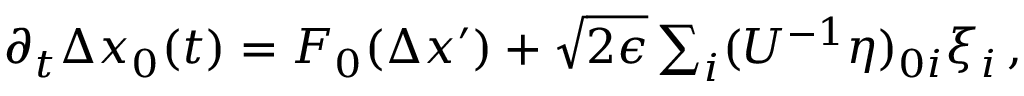
\begin{array} { r } { \partial _ { t } \Delta x _ { 0 } ( t ) = F _ { 0 } ( \Delta x ^ { \prime } ) + \sqrt { 2 \epsilon } \sum _ { i } ( U ^ { - 1 } \eta ) _ { 0 i } \xi _ { i } \, , } \end{array}